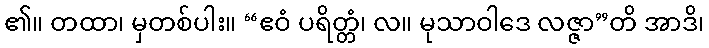
၏။ တထာ၊ မှတစ်ပါး။ “ဧဝံ ပရိတ္တံ၊ လ။ မုသာဝါဒေ လဇ္ဇာ”တိ အာဒိ၊